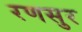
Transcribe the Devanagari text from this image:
रणसुर